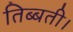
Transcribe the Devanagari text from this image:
तिब्बती।